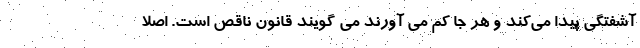
آشفتگی پیدا می‌کند و هر جا کم می آورند می گویند قانون ناقص است. اصلا